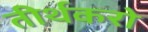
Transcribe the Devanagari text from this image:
तीर्थकरो